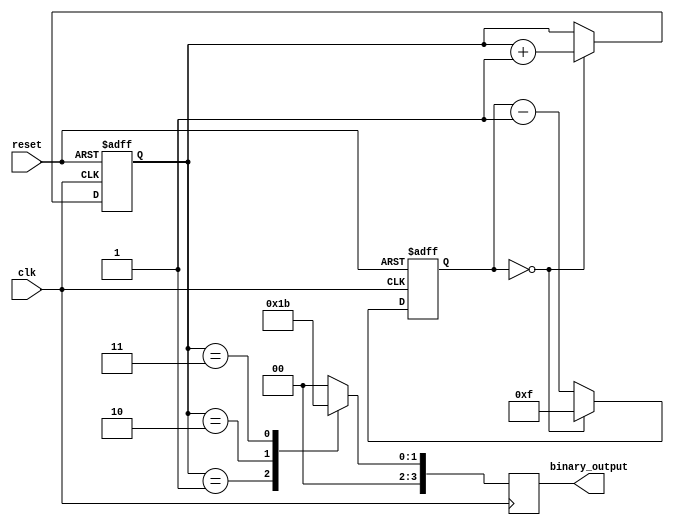
module clock_divider (
    input wire clk,
    input wire reset,
    output reg [3:0] binary_output
);

reg [3:0] counter;
reg [3:0] state;

always @(posedge clk or posedge reset) begin
    if (reset) begin
        counter <= 4'b0000;
        state <= 4'b0000;
    end else begin
        if (counter == 4'b0000) begin
            counter <= 4'b1111;
            state <= state + 1;
        end else begin
            counter <= counter - 1;
        end
    end
end

always @(posedge clk) begin
    case(state)
        4'b0000: binary_output <= 4'b0000;
        4'b0001: binary_output <= 4'b0001;
        4'b0010: binary_output <= 4'b0010;
        4'b0011: binary_output <= 4'b0011;
        // Add more cases for further division as needed
        default: binary_output <= 4'b0000;
    endcase
end

endmodule